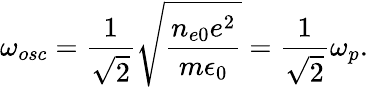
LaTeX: \omega_{osc}=\frac{1}{\sqrt{2}}\sqrt{\frac{n_{e0}e^{2}}{m\epsilon_{0}}}=\frac{1}{\sqrt{2}}\omega_{p}.